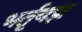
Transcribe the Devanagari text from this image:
भर्तृयज्ञ